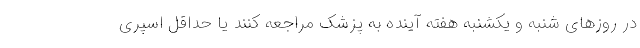
در روزهای شنبه و یکشنبه هفته آینده به پزشک مراجعه کنند یا حداقل اسپری